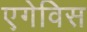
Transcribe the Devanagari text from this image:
एगेविस